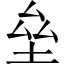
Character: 垒